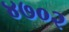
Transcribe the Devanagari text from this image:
४७०२